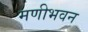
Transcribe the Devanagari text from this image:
मणीभवन